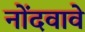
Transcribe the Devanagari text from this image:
नोंदवावे